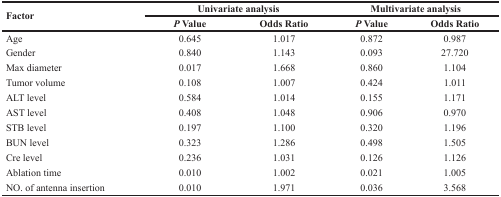
| <ROWSPAN=2> Factor | <COLSPAN=2> Univariate analysis | <COLSPAN=2> Multivariate analysis |
 | P Value | Odds Ratio | P Value | Odds Ratio |
 | --- | --- | --- | --- | --- |
 | Age | 0.645 | 1.017 | 0.872 | 0.987 |
 | Gender | 0.840 | 1.143 | 0.093 | 27.720 |
 | Max diameter | 0.017 | 1.668 | 0.860 | 1.104 |
 | Tumor volume | 0.108 | 1.007 | 0.424 | 1.011 |
 | ALT level | 0.584 | 1.014 | 0.155 | 1.171 |
 | AST level | 0.408 | 1.048 | 0.906 | 0.970 |
 | STB level | 0.197 | 1.100 | 0.320 | 1.196 |
 | BUN level | 0.323 | 1.286 | 0.498 | 1.505 |
 | Cre level | 0.236 | 1.031 | 0.126 | 1.126 |
 | Ablation time | 0.010 | 1.002 | 0.021 | 1.005 |
 | NO. of antenna insertion | 0.010 | 1.971 | 0.036 | 3.568 |